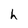
Character: h